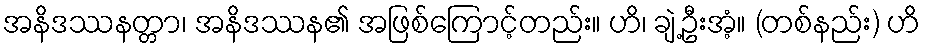
အနိဒဿနတ္တာ၊ အနိဒဿန၏ အဖြစ်ကြောင့်တည်း။ ဟိ၊ ချဲ့ဦးအံ့။ (တစ်နည်း) ဟိ